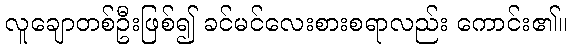
လူချောတစ်ဦးဖြစ်၍ ခင်မင်လေးစားစရာလည်း ကောင်း၏။